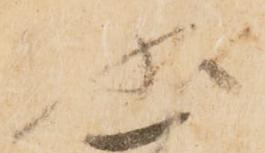
状